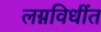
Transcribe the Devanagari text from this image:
लग्नविधींत